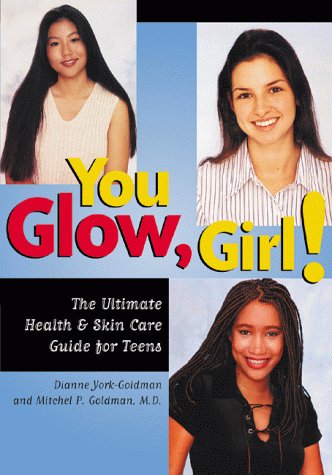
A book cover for You Glow Girl! The Ultimate Health & Skin Care Guide for Teens; Dianne York-Goldman; Teen & Young Adult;